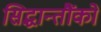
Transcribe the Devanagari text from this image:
सिद्धान्तौंको